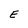
Character: E